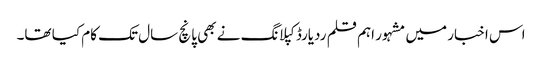
اس اخبار میں مشہور اہم قلم ردیارڈ کپلانگ نے بھی پانچ سال تک کام کیا تھا۔